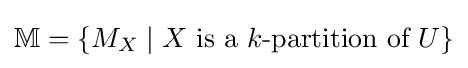
\mathbb {M} =\{M_{X}\mid X{\text{ is a }}k{\text{-partition of }}U\}